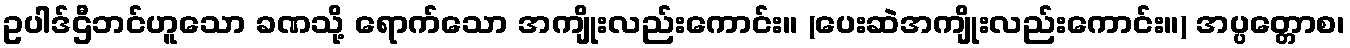
ဥပါဒ်ဌီဘင်ဟူသော ခဏသို့ ရောက်သော အကျိုးလည်းကောင်း။ (ပေးဆဲအကျိုးလည်းကောင်း။) အပ္ပတ္တောစ၊